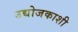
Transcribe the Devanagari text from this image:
उद्योजकाशी